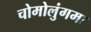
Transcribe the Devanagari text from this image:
चोमोलुंगमा